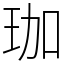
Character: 珈